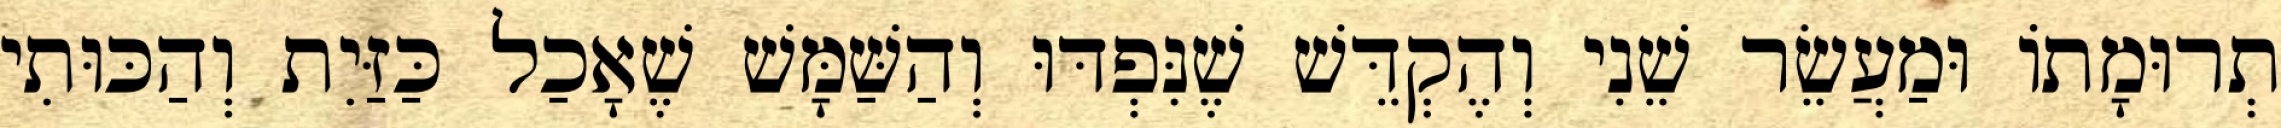
תְרוּמָתוֹ וּמַעֲשֵׂר שֵׁנִי וְהֶקְדֵּשׁ שֶׁנִּפְדּוּ וְהַשַּׁמָּשׁ שֶׁאָכַל כַּזַּיִת וְהַכּוּתִי